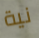
نية